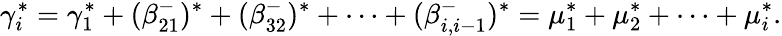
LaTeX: \gamma_{i}^{*}=\gamma_{1}^{*}+(\beta_{21}^{-})^{*}+(\beta_{32}^{-})^{*}+\cdots+(\beta_{i,i-1}^{-})^{*}=\mu_{1}^{*}+\mu_{2}^{*}+\cdots+\mu_{i}^{*}.